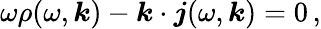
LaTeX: \omega\rho(\omega,\boldsymbol{k})-\boldsymbol{k}\cdot\boldsymbol{j}(\omega,\boldsymbol{k})=0\, ,